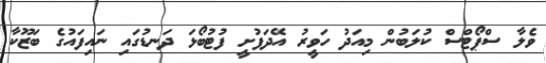
ވެލާ ސްޕޯޓްސް ކުލަބުން މިއަދު ހަވީރު އޭދަފުށީ ފުޓުބޯޅަ ދަނޑުގައި ނައިފައުގެ ބަޒޫކާ